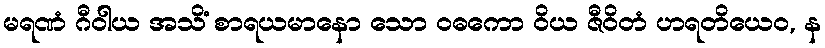
မရဏံ ဂီဝါယ အသိံ စာရယမာနော သော ဝဓကော ဝိယ ဇီဝိတံ ဟရတိယေဝ, န